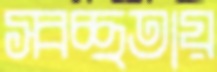
স্বচ্ছতায়